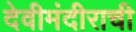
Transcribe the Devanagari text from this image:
देवीमंदीराची